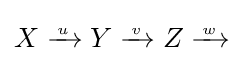
X\xrightarrow {{} \atop u} Y\xrightarrow {{} \atop v} Z\xrightarrow {{} \atop w}